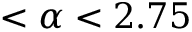
< \alpha < 2 . 7 5